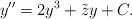
LaTeX: \begin{align*}y''=2y^3+\tilde zy+C.\end{align*}